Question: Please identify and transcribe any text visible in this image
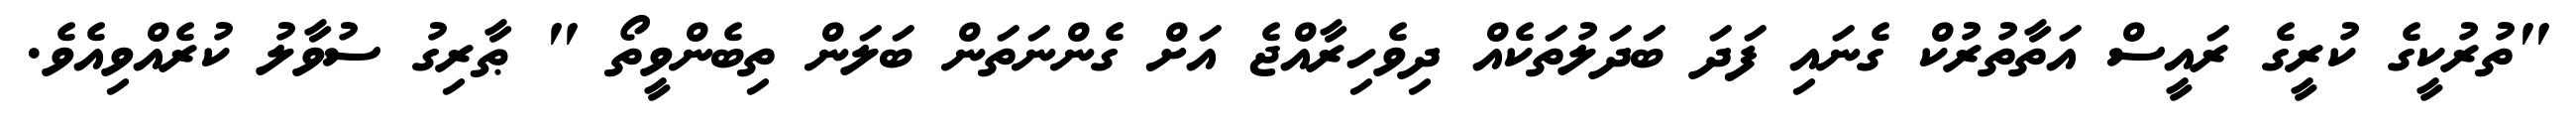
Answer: "ތުރުކީގެ ކުރީގެ ރައީސް އަތާތުރުކް ގެނައި ފަދަ ބަދަލުތަކެއް ދިވެހިރާއްޖެ އަށް ގެންނަތަން ބަލަން ތިބެންވީތޯ " ޠާރިގު ސުވާލު ކުރެއްވިއެވެ.